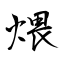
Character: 煨